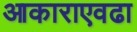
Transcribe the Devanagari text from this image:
आकाराएवढा